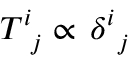
T _ { \, \, \, j } ^ { i } \propto \, \delta _ { \, \, \, j } ^ { i }